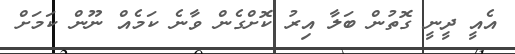
އެއީ ދީނީ ގޮތުން ބަލާ އިރު ކޮށްގެން ވާނެ ކަމެއް ނޫން ކަމަށް